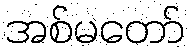
အစ်မတော်